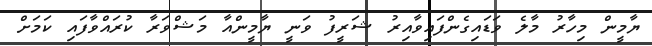
ޔާމީން މިހާރު މާލެ ވަޑައިގެންފައިވާއިރު ޝަރީފު ވަނީ ޔާމީންއާ މަޝްވަރާ ކުރައްވާފައި ކަމަށް